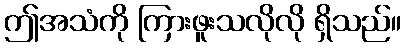
ဤအသံကို ကြားဖူးသလိုလို ရှိသည်။